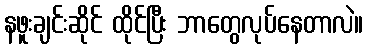
နဖူးချင်းဆိုင် ထိုင်ပြီး ဘာတွေလုပ်နေတာလဲ။